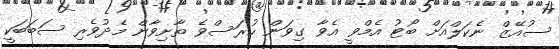
ސުއޭޒް ނެކަލްއަށް ބޯޓު އެމްވީ އެވާ ގިވަން ހުރަސްވެ ތާށިވާން މެދުވެރި ސަބަބަކީ